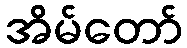
အိမ်တော်